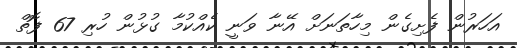
އަހަރުން ފެށިގެން މިހާތަނަށް އޭނާ ވަނީ ކެއްކުމާ ގުޅުން ހުރި 67 ފޮތް